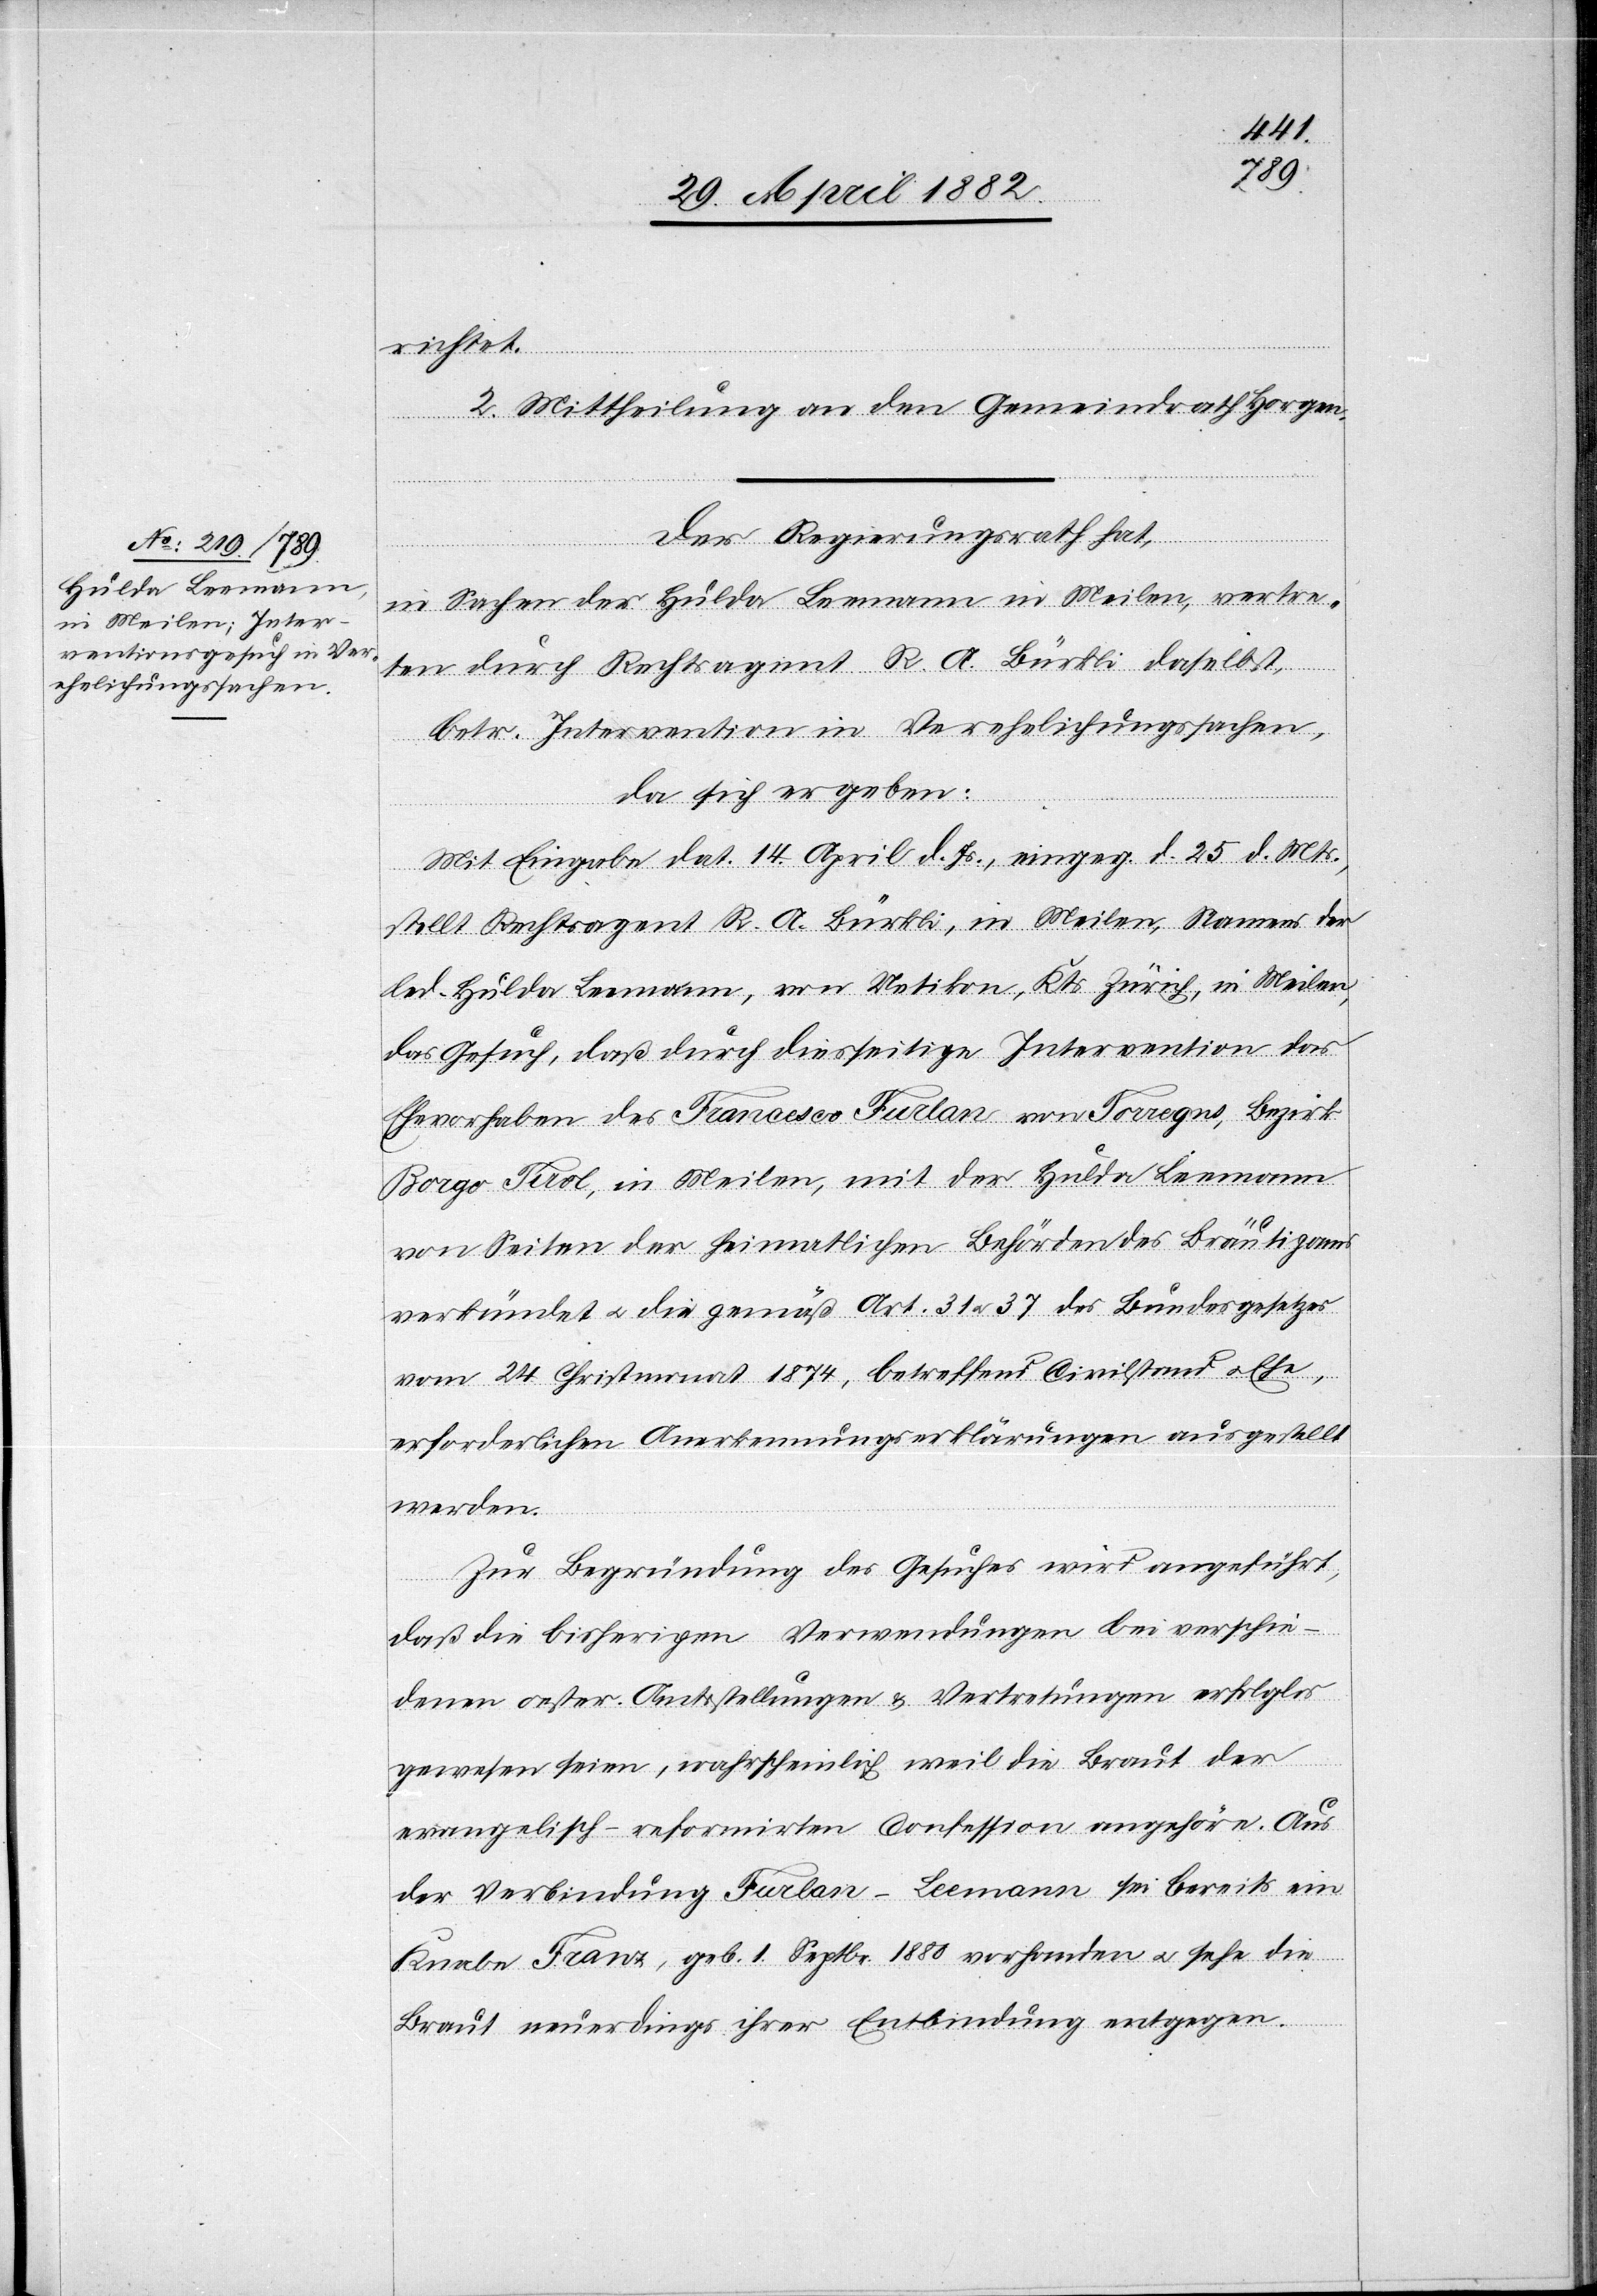
richtet.
2. Mittheilung an den Gemeindrath Horgen.
Der Regierungsrath hat,
in Sachen der Hulda Leemann in Meilen, vertre¬
ten durch Rechtsagent R. A. Bürkli daselbst,
betr. Intervention in Verehelichungssachen,
da sich ergeben:
Mit Eingabe dat. 14. April d. Js., eingeg. d. 25. d. Mts.,
stellt Rechtsagent R. A. Bürkli, in Meilen, Namens der
led. Hulda Leemann, von Uetikon, Kts. Zürich, in Meilen,
das Gesuch, daß durch diesseitige Intervention das
Ehevorhaben des Francesco Furlan von Torregns [sic!],
Borgo - Tirol, in Meilen, mit der Hulda Leemann
von Seiten der heimatlichen Behörden des Bräutigams
verkündet u. die gemäß Art. 31 & 37 des Bundesgesetzes
vom 24. Christmonat 1874, betreffend Civilstand u. Ehe,
erforderlichen Anerkennungserklärungen ausgestellt
werden.
Zur Begründung des Gesuches wird angeführt,
daß die bisherigen Verwendungen bei verschie¬
denen oester. Amtsstellungen & Vertretungen erfolglos
gewesen seien, wahrscheinlich weil die Braut der
evangelisch-reformirten Confession angehöre, Aus
der Verbindung Furlan-Leemann sei bereits ein
Knabe Franz, geb. 1. Sept. 1880 vorhanden u. sehe die
Braut neuerdings ihrer Entbindung entgegen.